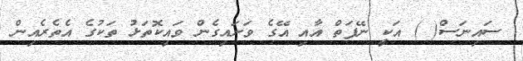
ސައިނަސް( ) އަކީ ނޭފަތް އާއި އޭގެ ވަށައިގެން ވައިކޮތަޅު ތަކުގެ އެތެރެއިން